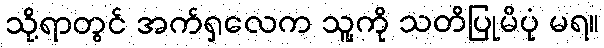
သို့ရာတွင် အက်ရှလေက သူ့ကို သတိပြုမိပုံ မရ။